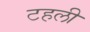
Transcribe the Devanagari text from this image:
टहली